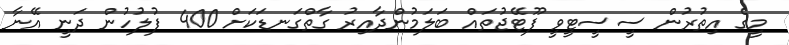
މީގެ އިތުރުން ސީސީޓީވީ ފޫޓޭޖުތައް ބަލަމުންދާއިރު ގާތްގަނޑަކަށް 400 ފުލުހުން ދަނީ އޭނާ